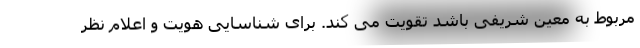
مربوط به معین شریفی باشد تقویت می کند. برای شناسایی هویت و اعلام نظر